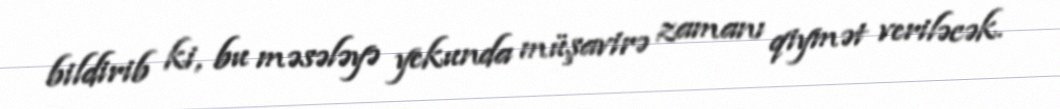
bildirib ki, bu məsələyə yekunda müşavirə zamanı qiymət veriləcək.